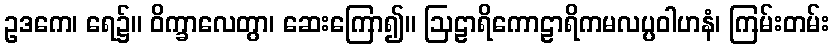
ဥဒကေ၊ ရေ၌။ ဝိက္ခာလေတွာ၊ ဆေးကြော၍။ ဩဠာရိကောဠာရိကမလပ္ပဝါဟနံ၊ ကြမ်းတမ်း